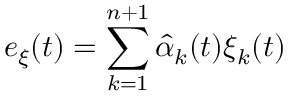
e _ { \xi } ( t ) = \sum _ { k = 1 } ^ { n + 1 } { \hat { \alpha } } _ { k } ( t ) \xi _ { k } ( t )